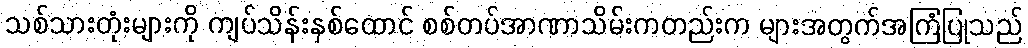
သစ်သားတုံးများကို ကျပ်သိန်းနှစ်ထောင် စစ်တပ်အာဏာသိမ်းကတည်းက များအတွက်အကြံပြုသည်